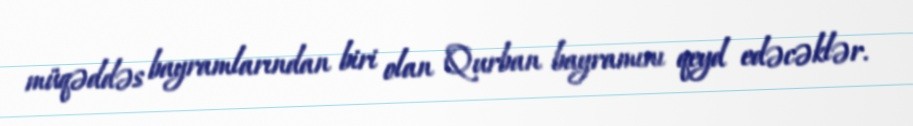
müqəddəs bayramlarından biri olan Qurban bayramını qeyd edəcəklər.